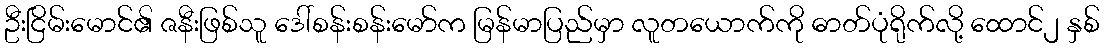
ဦးငြိမ်းမောင်၏ ဇနီးဖြစ်သူ ဒေါ်စန်းစန်းမော်က မြန်မာပြည်မှာ လူတယောက်ကို ဓာတ်ပုံရိုက်လို့ ထောင်၂ နှစ်